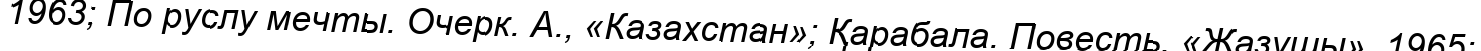
1963; По руслу мечты. Очерк. А., «Казахстан»; Қарабала. Повесть. «Жазушы», 1965;